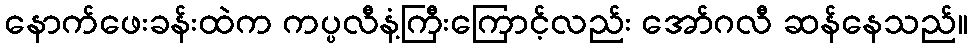
နောက်ဖေးခန်းထဲက ကပ္ပလီနံ့ကြီးကြောင့်လည်း အော်ဂလီ ဆန်နေသည်။